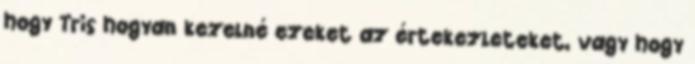
hogy Tris hogyan kezelné ezeket az értekezleteket, vagy hogy